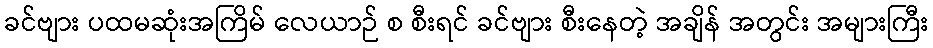
ခင်ဗျား ပထမဆုံးအကြိမ် လေယာဉ် စ စီးရင် ခင်ဗျား စီးနေတဲ့ အချိန် အတွင်း အများကြီး